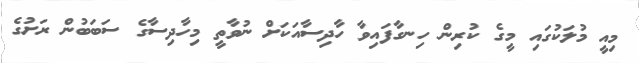
މިއީ މުލަކުގައި މީގެ ކުރިން ހިނގާފައިވާ ހާދިސާއަކަށް ނުވާތީ މިހާދިސާގެ ސަބަބުން ރަށުގެ